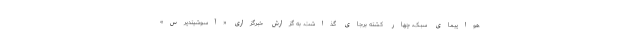
هواپیمای سبک، چهار کشته برجای گذاشت. به گزارش خبرگزاری «آسوشیتدپرس»